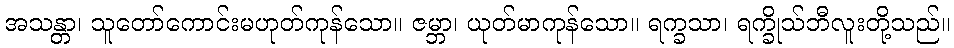
အသန္တာ၊ သူတော်ကောင်းမဟုတ်ကုန်သော။ ဇမ္ဘာ၊ ယုတ်မာကုန်သော။ ရက္ခသာ၊ ရက္ခိုသ်ဘီလူးတို့သည်။